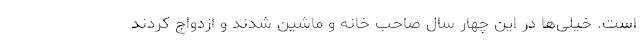
است. خیلی‌ها در این چهار سال صاحب خانه و ماشین شدند و ازدواج کردند